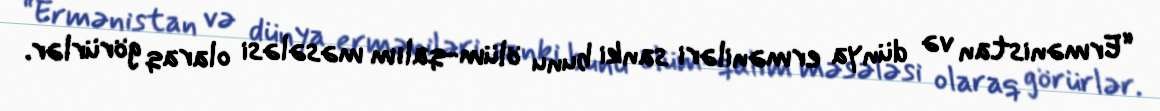
“Ermənistan və dünya erməniləri sanki bunu ölüm-qalım məsələsi olaraq görürlər.